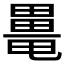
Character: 𤳍